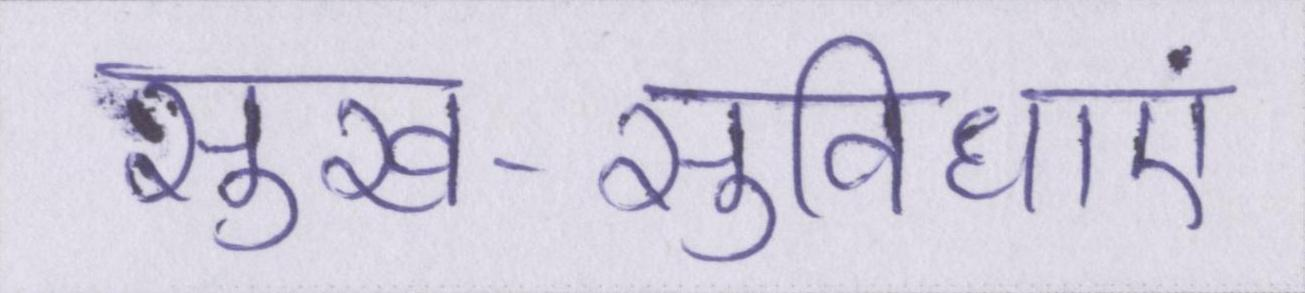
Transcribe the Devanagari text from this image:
सुख-सुविधाएं